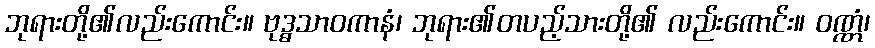
ဘုရားတို့၏လည်းကောင်း။ ဗုဒ္ဓသာဝကာနံ၊ ဘုရား၏တပည့်သားတို့၏ လည်းကောင်း။ ဝဏ္ဏံ၊